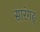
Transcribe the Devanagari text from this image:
सारंगढ्